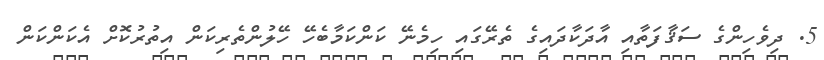
5. ދިވެހިންގެ ސަޤާފަތާއި އާދަކާދައިގެ ތެރޭގައި ހިމެނޭ ކަންކަމާބެހޭ ހޭލުންތެރިކަން އިތުރުކޮށް އެކަންކަން